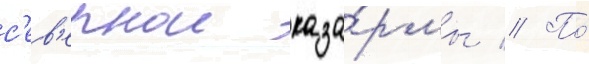
с'ев'ернои каза́рмы // По́